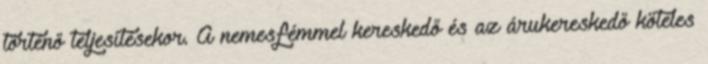
történő teljesítésekor. A nemesfémmel kereskedő és az árukereskedő köteles